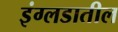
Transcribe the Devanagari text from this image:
इंग्लडातील